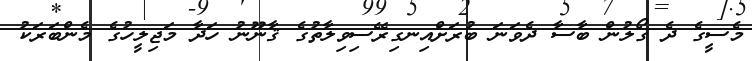
މެސީގެ ދެ ގޯލުން ބާސާ ދެވަނަ ބުރަށްއިނގިރޭސިވިލާތުގެ ޤާނޫނު ހަދާ މަޖިލީހުގެ މެންބަރަކު